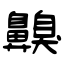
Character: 齅